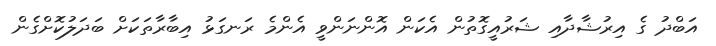
އަބްދު ގެ އިރުޝާދާއި ޝަރުއީގޮތުން އެކަން އޮންނަންވީ އެންމެ ރަނގަޅު އިބާރާތަކަށް ބަދަލުކޮށްގެން